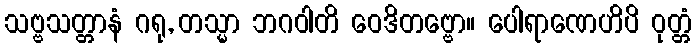
သဗ္ဗသတ္တာနံ ဂရု, တသ္မာ ဘဂဝါတိ ဝေဒိတဗ္ဗော။ ပေါရာဏေဟိပိ ဝုတ္တံ